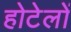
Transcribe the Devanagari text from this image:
होटेलों